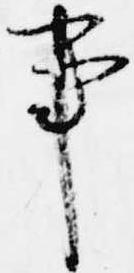
事